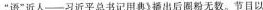
“语”近人—习近平总书记用典》播出后圈粉无数。节目以